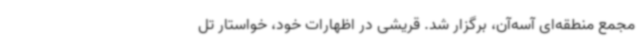
مجمع منطقه‌ای آسه‌آن، برگزار شد. قریشی در اظهارات خود، خواستار تل